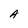
Character: A